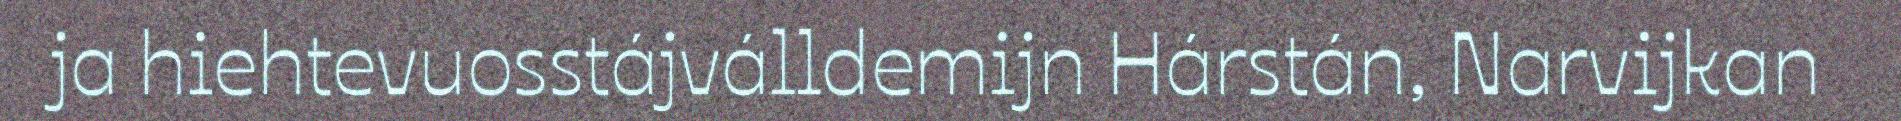
ja hiehtevuosstájválldemijn Hárstán, Narvijkan